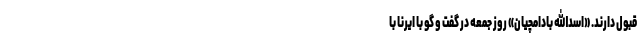
قبول دارند. «اسدالله بادامچیان» روز جمعه در گفت و گو با ایرنا با